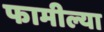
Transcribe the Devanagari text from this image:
फामील्या